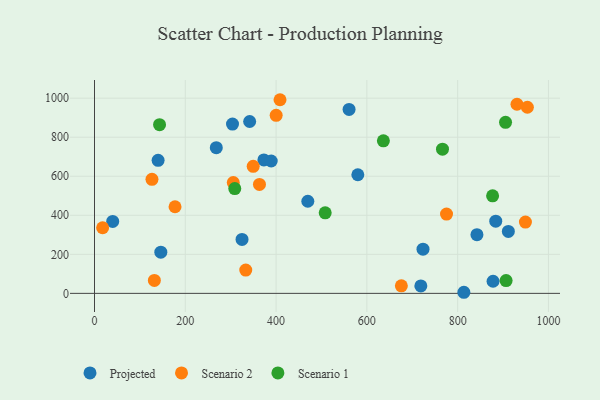
{"axis": {"x": "Speed", "y": "Salary"}, "legend": ["Projected", "Scenario 1", "Scenario 2"], "data": [{"x": "469.9", "y": 471.9, "type": "Projected"}, {"x": "146.1", "y": 210.8, "type": "Projected"}, {"x": "40.1", "y": 368.8, "type": "Projected"}, {"x": "268.3", "y": 746.4, "type": "Projected"}, {"x": "560.8", "y": 942.3, "type": "Projected"}, {"x": "580.1", "y": 607.7, "type": "Projected"}, {"x": "373.1", "y": 683.6, "type": "Projected"}, {"x": "878.0", "y": 62.2, "type": "Projected"}, {"x": "883.9", "y": 370.0, "type": "Projected"}, {"x": "341.8", "y": 880.5, "type": "Projected"}, {"x": "389.3", "y": 678.1, "type": "Projected"}, {"x": "813.7", "y": 5.6, "type": "Projected"}, {"x": "325.0", "y": 276.4, "type": "Projected"}, {"x": "304.0", "y": 867.3, "type": "Projected"}, {"x": "723.7", "y": 226.3, "type": "Projected"}, {"x": "140.1", "y": 681.8, "type": "Projected"}, {"x": "911.7", "y": 317.3, "type": "Projected"}, {"x": "718.9", "y": 38.0, "type": "Projected"}, {"x": "842.5", "y": 300.6, "type": "Projected"}, {"x": "775.5", "y": 406.3, "type": "Scenario 2"}, {"x": "17.9", "y": 336.1, "type": "Scenario 2"}, {"x": "305.7", "y": 567.8, "type": "Scenario 2"}, {"x": "676.0", "y": 38.5, "type": "Scenario 2"}, {"x": "953.6", "y": 953.4, "type": "Scenario 2"}, {"x": "949.3", "y": 365.2, "type": "Scenario 2"}, {"x": "131.9", "y": 66.2, "type": "Scenario 2"}, {"x": "177.4", "y": 443.8, "type": "Scenario 2"}, {"x": "408.7", "y": 992.0, "type": "Scenario 2"}, {"x": "363.4", "y": 558.0, "type": "Scenario 2"}, {"x": "333.2", "y": 119.1, "type": "Scenario 2"}, {"x": "400.2", "y": 912.0, "type": "Scenario 2"}, {"x": "930.7", "y": 968.9, "type": "Scenario 2"}, {"x": "126.6", "y": 584.4, "type": "Scenario 2"}, {"x": "349.6", "y": 651.0, "type": "Scenario 2"}, {"x": "905.5", "y": 876.2, "type": "Scenario 1"}, {"x": "877.0", "y": 499.8, "type": "Scenario 1"}, {"x": "143.3", "y": 864.0, "type": "Scenario 1"}, {"x": "766.6", "y": 738.6, "type": "Scenario 1"}, {"x": "309.0", "y": 536.6, "type": "Scenario 1"}, {"x": "636.4", "y": 781.4, "type": "Scenario 1"}, {"x": "508.2", "y": 412.6, "type": "Scenario 1"}, {"x": "906.7", "y": 65.7, "type": "Scenario 1"}]}